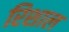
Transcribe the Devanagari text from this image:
रिशाल